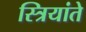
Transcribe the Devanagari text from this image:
स्त्रियांते